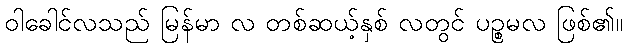
ဝါခေါင်လသည် မြန်မာ လ တစ်ဆယ့်နှစ် လတွင် ပဉ္စမလ ဖြစ်၏။